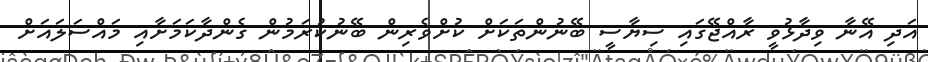
އަދި އޭނާ ވިދާޅުވީ ރާއްޖޭގައި ސިޔާސީ ބޭނުންތަކަށް ކުށްވެރިން ބޭނުކުރަމުން ގެންދާކަމަށާއި މައްސަލައަށް